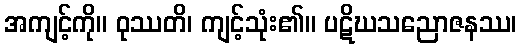
အကျင့်ကို။ ဝုဿတိ၊ ကျင့်သုံး၏။ ပဋိဃသညောဇနဿ၊